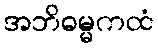
အဘိဓမ္မကထံ